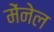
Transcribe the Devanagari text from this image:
मेंनेल